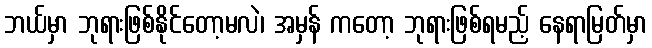
ဘယ်မှာ ဘုရားဖြစ်နိုင်တော့မလဲ၊ အမှန် ကတော့ ဘုရားဖြစ်ရမည့် နေရာမြတ်မှာ